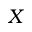
X